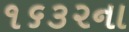
૧૬૩૨ના